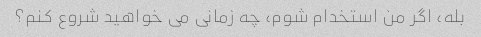
بله، اگر من استخدام شوم، چه زمانی می خواهید شروع کنم؟